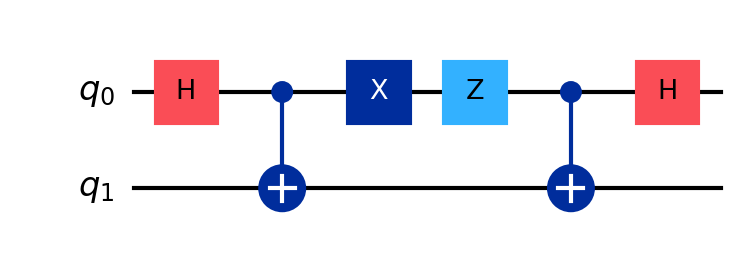
Description: Superdense coding: 2 bits via 1 qubit
描述: 超密编码：1量子比特传2经典比特
Category: intermediate (difficulty: intermediate)
Qubits: 2, circuit depth: 6

Braket implementation:
from braket.circuits import Circuit
circuit = Circuit().h(0).cnot(0, 1).x(0).z(0).cnot(0, 1).h(0)